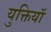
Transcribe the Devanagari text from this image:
युक्तियॉ